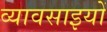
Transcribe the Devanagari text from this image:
व्यावसाइयों